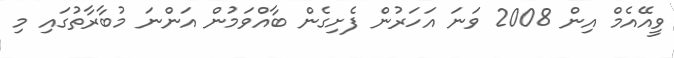
ވީއޭއެމް އިން 2008 ވަނަ އަހަރުން ފެށިގެން ބާއްވަމުން އަންނަ މުބާރާތުގައި މި